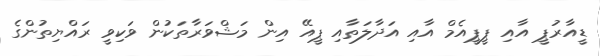
ޑީއާރުޕީ އާއި ޕީޕީއެމް އާއި އަދާލަތާއި ޕީއޭ އިން މަޝްވަރާތަކުން ވަކިވީ ރައްޔިތުންގެ